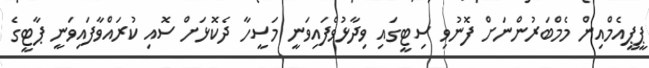
ޕީޕީއެމްއިން މެމްބަރުންނަށް ފޮނުވި ސިޓީގައި ވިދާޅުވެފައިވަނީ މަސީހާ ދެކޮޅަށް ސޮއި ކުރައްވާފައިވަނީ ޕާޓީގެ